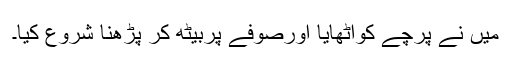
میں نے پرچے کواُٹھایا اورصوفے پربیٹھ کر پڑھنا شروع کیا۔